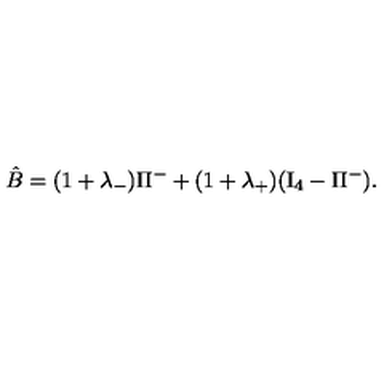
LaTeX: \hat { B } = ( 1 + \lambda _ { - } ) \Pi ^ { - } + ( 1 + \lambda _ { + } ) ( \mathrm { I } _ { 4 } - \Pi ^ { - } ) .